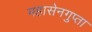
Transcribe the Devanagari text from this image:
महासेनगुप्ता